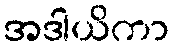
အဒါယိကာ